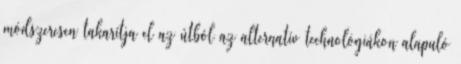
módszeresen takarítja el az útból az alternatív technológiákon alapuló